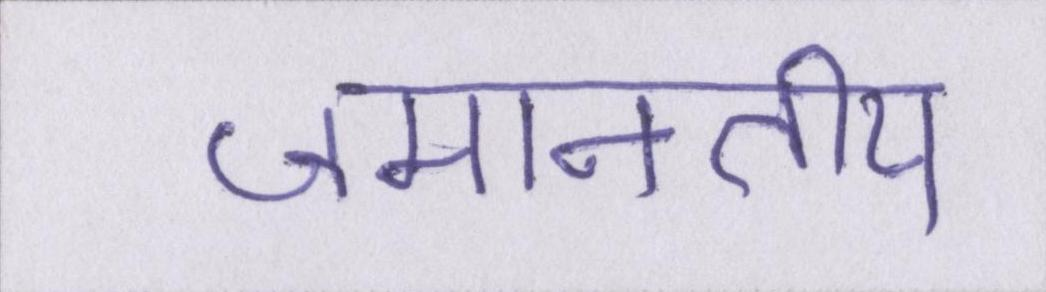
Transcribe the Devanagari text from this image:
जमानतीय